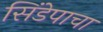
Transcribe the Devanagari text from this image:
सिंडेपाचा